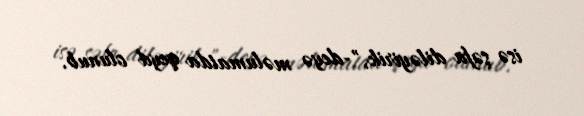
isə şəfa diləyirik,"-deyə məlumatda qeyd olunub.